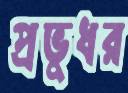
প্রভুধর